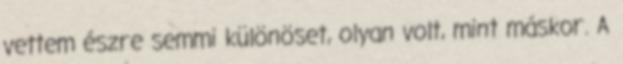
vettem észre semmi különöset, olyan volt, mint máskor. A